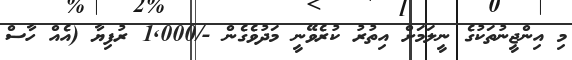
މި އިންޖީނުތަކުގެ ނީލަމަށް އިތުރު ކުރެވޭނީ މަދުވެގެން -/1